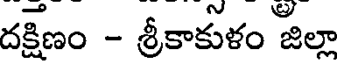
దక్షిణం - శ్రీకాకుళం జిల్లా